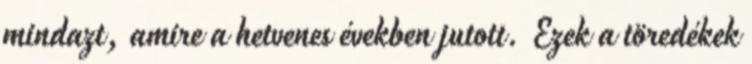
mindazt, amire a hetvenes években jutott. Ezek a töredékek